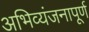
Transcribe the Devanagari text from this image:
अभिव्यंजनापूर्ण